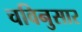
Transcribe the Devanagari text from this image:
चविनुसार